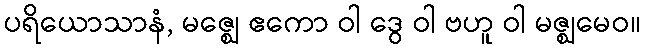
ပရိယောသာနံ, မဇ္ဈေ ဧကော ဝါ ဒွေ ဝါ ဗဟူ ဝါ မဇ္ဈမေဝ။